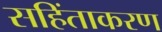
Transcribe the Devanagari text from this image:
सहिंताकरण